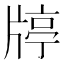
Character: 𤗞